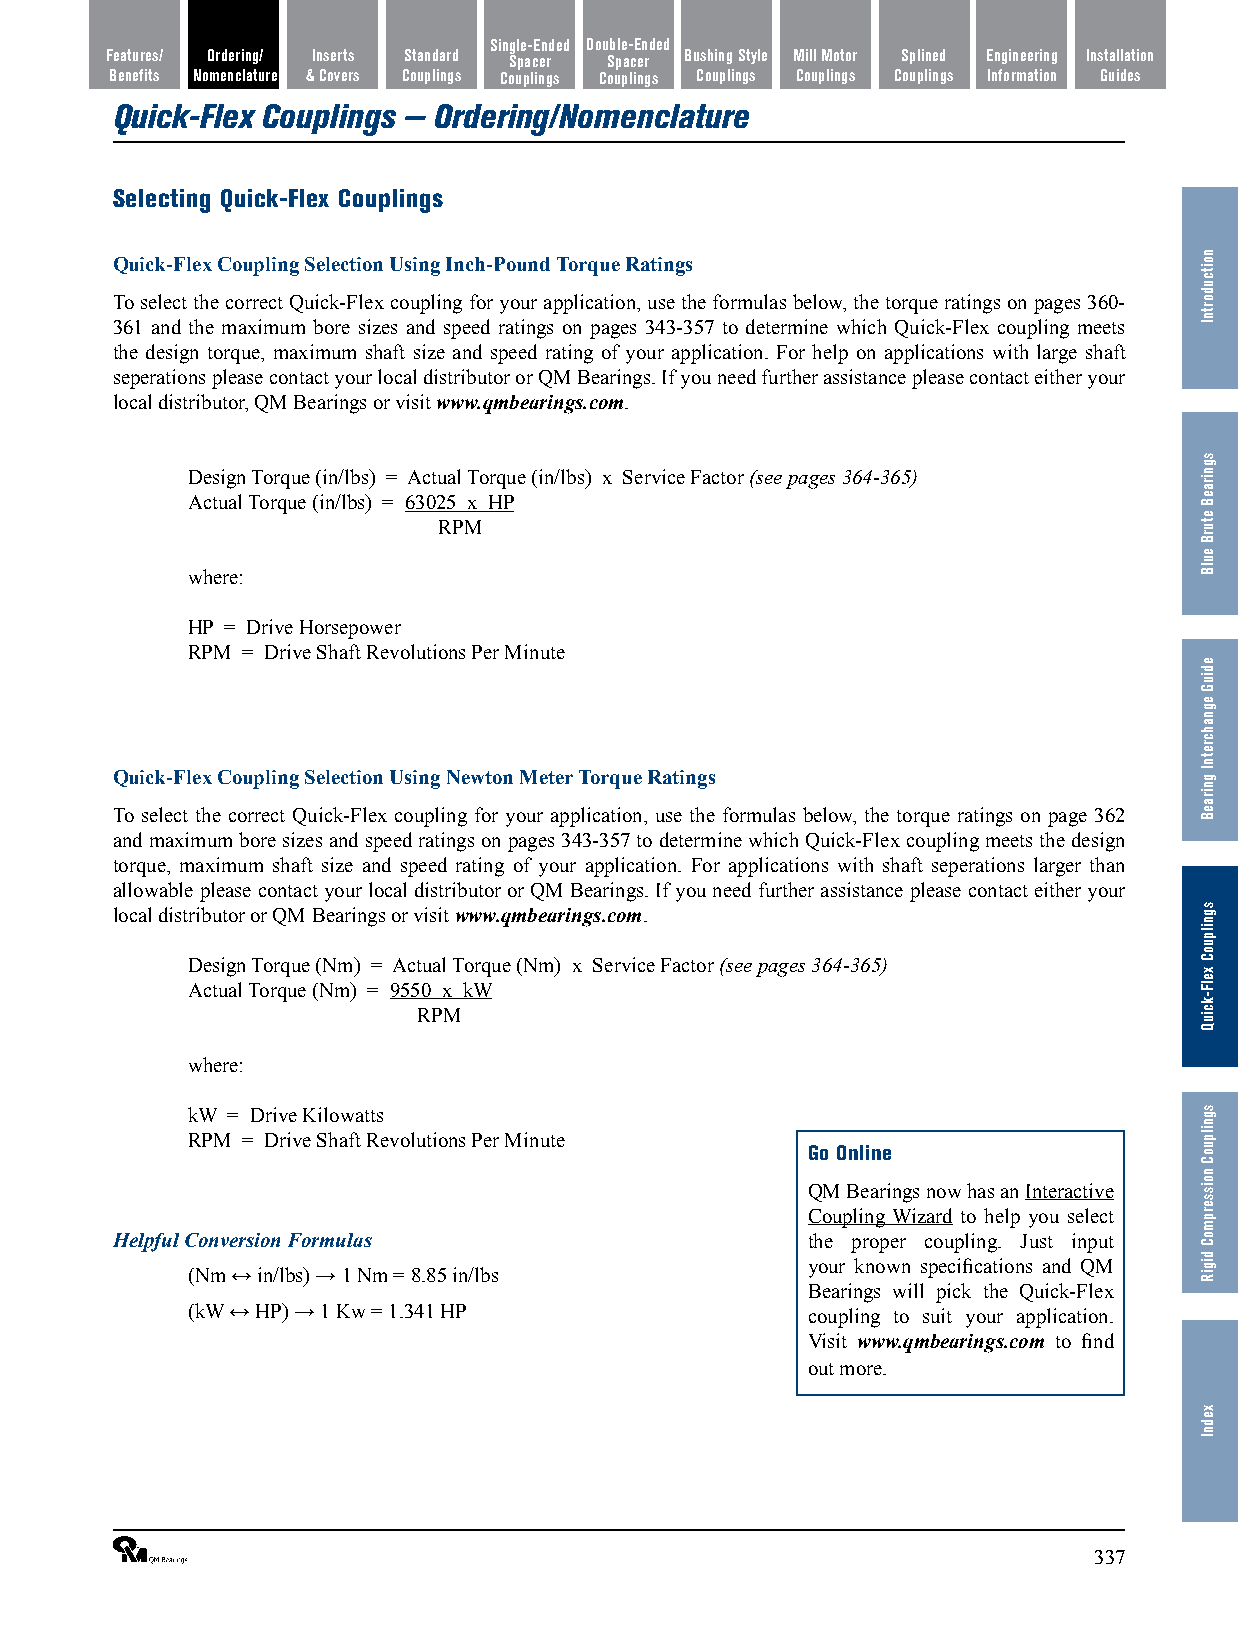
Single-Ended Double-Ended
 Features/ Ordering/ Inserts Standard Spacer Spacer Bushing Style Mill Motor Splined Engineering Installation
 Benefits Nomenclature & Covers Couplings Couplings Couplings Couplings Couplings Couplings Information Guides
 Quick-Flex Couplings — Ordering/Nomenclature
 Selecting Quick-Flex Couplings
 Quick-Flex Coupling Selection Using Inch-Pound Torque Ratings
 To select the correct Quick-Flex coupling for your application, use the formulas below, the torque ratings on pages 360-
 361 and the maximum bore sizes and speed ratings on pages 343-357 to determine which Quick-Flex coupling meets
 the design torque, maximum shaft size and speed rating of your application. For help on applications with large shaft
 seperations please contact your local distributor or QM Bearings. If you need further assistance please contact either your
 local distributor, QM Bearings or visit www.qmbearings.com.
 Design Torque (in/lbs) = Actual Torque (in/lbs) x Service Factor (see pages 364-365)
 Actual Torque (in/lbs) = 63025 x HP
 RPM
 where:
 HP = Drive Horsepower
 RPM = Drive Shaft Revolutions Per Minute
 Quick-Flex Coupling Selection Using Newton Meter Torque Ratings
 To select the correct Quick-Flex coupling for your application, use the formulas below, the torque ratings on page 362
 and maximum bore sizes and speed ratings on pages 343-357 to determine which Quick-Flex coupling meets the design
 torque, maximum shaft size and speed rating of your application. For applications with shaft seperations larger than
 allowable please contact your local distributor or QM Bearings. If you need further assistance please contact either your
 local distributor or QM Bearings or visit www.qmbearings.com.
 Design Torque (Nm) = Actual Torque (Nm) x Service Factor (see pages 364-365)
 Actual Torque (Nm) = 9550 x kW
 RPM
 where:
 kW = Drive Kilowatts
 RPM = Drive Shaft Revolutions Per Minute
 Go Online
 QM Bearings now has an Interactive
 Coupling Wizard to help you select
 Helpful Conversion Formulas                   the proper coupling. Just input
 your known specifications and QM
 (Nm ↔ in/lbs) → 1 Nm = 8.85 in/lbs
 Bearings will pick the Quick-Flex
 (kW ↔ HP) → 1 Kw = 1.341 HP              coupling to suit your application.
 Visit www.qmbearings.com to find
 out more.
 ®                                                              337
 noitcudortnI
 sgniraeB
 eturB
 eulB
 ediuG
 egnahcretnI
 gniraeB
 sgnilpuoC
 xelF-kciuQ
 sgnilpuoC
 noisserpmoC
 digiR
 xednI